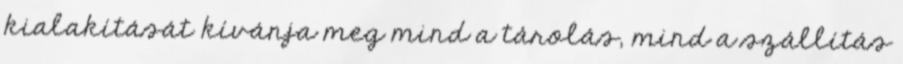
kialakítását kívánja meg mind a tárolás, mind a szállítás